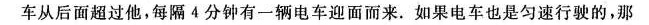
电车从后面超过他，每隔4分钟有一辆电车迎面而来。如果电车也是匀速行驶的，那